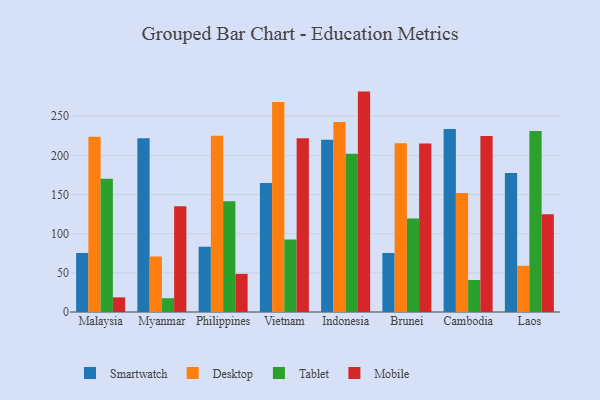
{"axis": {"x": "Country", "y": "Energy Usage (MWh)"}, "legend": ["Desktop", "Mobile", "Smartwatch", "Tablet"], "data": [{"x": "Malaysia", "y": 75.4, "type": "Smartwatch"}, {"x": "Malaysia", "y": 223.8, "type": "Desktop"}, {"x": "Malaysia", "y": 170.3, "type": "Tablet"}, {"x": "Malaysia", "y": 18.7, "type": "Mobile"}, {"x": "Myanmar", "y": 221.9, "type": "Smartwatch"}, {"x": "Myanmar", "y": 70.9, "type": "Desktop"}, {"x": "Myanmar", "y": 17.6, "type": "Tablet"}, {"x": "Myanmar", "y": 135.2, "type": "Mobile"}, {"x": "Philippines", "y": 83.3, "type": "Smartwatch"}, {"x": "Philippines", "y": 225.2, "type": "Desktop"}, {"x": "Philippines", "y": 141.6, "type": "Tablet"}, {"x": "Philippines", "y": 48.7, "type": "Mobile"}, {"x": "Vietnam", "y": 164.7, "type": "Smartwatch"}, {"x": "Vietnam", "y": 268.2, "type": "Desktop"}, {"x": "Vietnam", "y": 92.6, "type": "Tablet"}, {"x": "Vietnam", "y": 221.9, "type": "Mobile"}, {"x": "Indonesia", "y": 220.0, "type": "Smartwatch"}, {"x": "Indonesia", "y": 242.6, "type": "Desktop"}, {"x": "Indonesia", "y": 202.0, "type": "Tablet"}, {"x": "Indonesia", "y": 281.5, "type": "Mobile"}, {"x": "Brunei", "y": 75.4, "type": "Smartwatch"}, {"x": "Brunei", "y": 215.4, "type": "Desktop"}, {"x": "Brunei", "y": 119.5, "type": "Tablet"}, {"x": "Brunei", "y": 215.2, "type": "Mobile"}, {"x": "Cambodia", "y": 233.8, "type": "Smartwatch"}, {"x": "Cambodia", "y": 152.1, "type": "Desktop"}, {"x": "Cambodia", "y": 40.9, "type": "Tablet"}, {"x": "Cambodia", "y": 224.7, "type": "Mobile"}, {"x": "Laos", "y": 177.6, "type": "Smartwatch"}, {"x": "Laos", "y": 59.1, "type": "Desktop"}, {"x": "Laos", "y": 231.2, "type": "Tablet"}, {"x": "Laos", "y": 124.8, "type": "Mobile"}]}